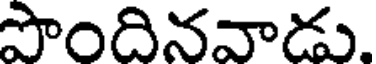
పొందినవాడు.